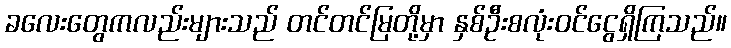
ခလေးတွေကလည်းများသည် တင်တင်မြတို့မှာ နှစ်ဦးစလုံးဝင်ငွေရှိကြသည်။